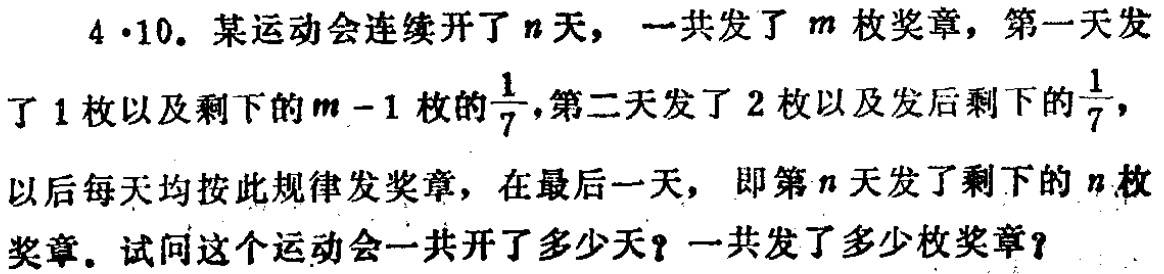
4·10. 某运动会连续开了\(n\)天，一共发了\(m\)枚奖章，第一天发了 1 枚以及剩下的\(m - 1\)枚的\(\frac{1}{7}\)，第二天发了 2 枚以及发后剩下的\(\frac{1}{7}\)，以后每天均按此规律发奖章，在最后一天，即第\(n\)天发了剩下的\(n\)枚奖章. 试问这个运动会一共开了多少天？一共发了多少枚奖章？